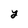
Character: y